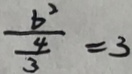
\frac { b ^ { 2 } } { \frac { 4 } { 3 } } = 3